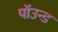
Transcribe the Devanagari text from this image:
पॉउन्ड